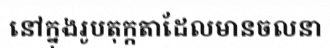
នៅក្នុងរូបតុក្កតាដែលមានចលនា